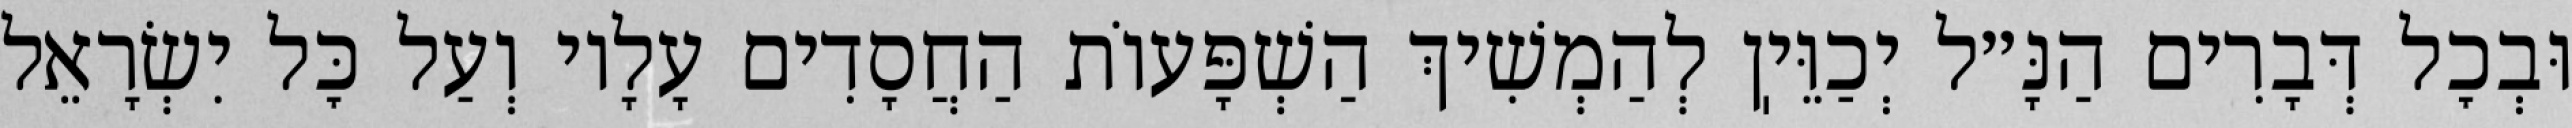
וּבְכׇל דְּבָרִים הַנָּ״ל יְכַוֵּיֽן לְהַמְשִׁיךְ הַשְׁפָּעוֹת הַחֲסָדִים עָלָיו וְעַל כׇּל יִשְׂרָאֵל